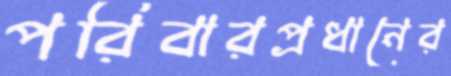
পরিবারপ্রধানের